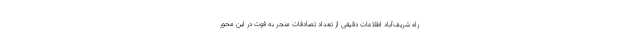
راه شریف‌آباد اطلاعات دقیقی از تعداد تصادفات منجر به فوت در این محور